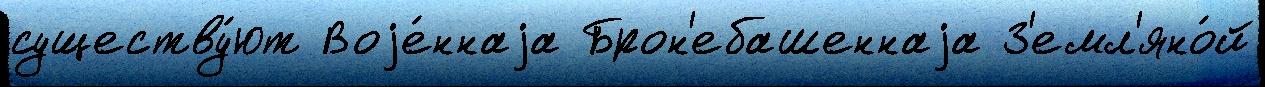
существу́ют Воjе́ннаjа Брон'ебашеннаjа З'емл'яно́й